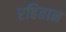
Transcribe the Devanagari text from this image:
रहितान